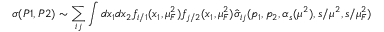
\sigma ( P 1 , P 2 ) \sim \sum _ { i j } \int d x _ { 1 } d x _ { 2 } f _ { i / 1 } ( x _ { 1 } , \mu _ { F } ^ { 2 } ) f _ { j / 2 } ( x _ { 1 } , \mu _ { F } ^ { 2 } ) \hat { \sigma } _ { i j } ( p _ { 1 } , p _ { 2 } , \alpha _ { s } ( \mu ^ { 2 } ) , s / \mu ^ { 2 } , s / \mu _ { F } ^ { 2 } )